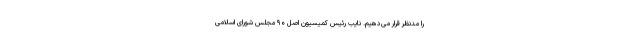
را مدنظر قرار می‌دهیم. نایب رئیس کمیسیون اصل ۹۰ مجلس شورای اسلامی